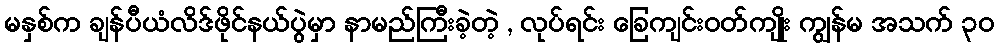
မနှစ်က ချန်ပီယံလိဒ်ဖိုင်နယ်ပွဲမှာ နာမည်ကြီးခဲ့တဲ့ , လုပ်ရင်း ခြေကျင်းဝတ်ကျိုး ကျွန်မ အသက် ၃၀